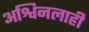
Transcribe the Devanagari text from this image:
अश्विनलाही